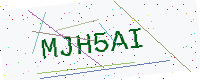
Text: MJH5AI